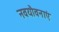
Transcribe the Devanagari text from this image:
नवयौवनाएं